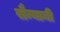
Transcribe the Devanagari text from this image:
सैन्यानी